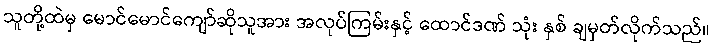
သူတို့ထဲမှ မောင်မောင်ကျော်ဆိုသူအား အလုပ်ကြမ်းနှင့် ထောင်ဒဏ် သုံး နှစ် ချမှတ်လိုက်သည်။